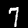
Digit: 7